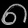
Digit: ၈